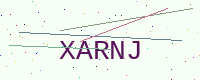
Text: XARNJ